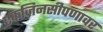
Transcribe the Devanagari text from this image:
एकजिनसीपणावर